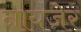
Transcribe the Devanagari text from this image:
नायजेर